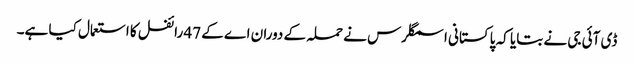
ڈی آئی جی نے بتایا کہ پاکستانی اسمگلرس نے حملہ کے دوران اے کے 47 رائفل کا استعمال کیا ہے۔